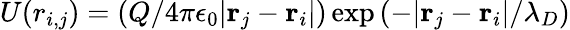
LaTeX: U(r_{i,j})=(Q/4\pi\epsilon_{0}|\mathbf{r}_{j}-\mathbf{r}_{i}|)\exp{(-|\mathbf{r}_{j}-\mathbf{r}_{i}|/\lambda_{D})}